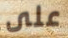
على